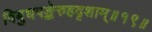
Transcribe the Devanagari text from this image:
विबुधपङ्केरुहदृशाम्॥१९॥